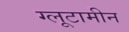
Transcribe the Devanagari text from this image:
ग्लूटामीन